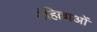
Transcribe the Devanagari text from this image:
रोहिल्लाओं